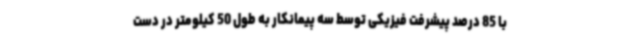
با 85 درصد پیشرفت فیزیکی توسط سه پیمانکار به طول 50 کیلومتر در دست